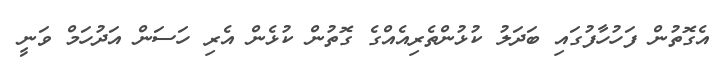
އެގޮތުން ފަހުހާފުގައި ބަދަލު ކުޅުންތެރިއެއްގެ ގޮތުން ކުޅެން އެރި ހަސަން އަދުހަމް ވަނީ